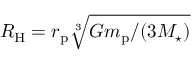
R _ { \mathrm { H } } = r _ { \mathrm { p } } \sqrt [ 3 ] { G m _ { \mathrm { p } } / ( 3 M _ { \star } ) }